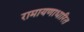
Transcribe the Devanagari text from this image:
रामायणाधारित